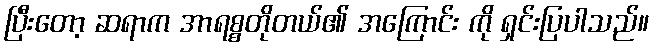
ပြီးတော့ ဆရာက အာရစ္စတိုတယ်၏ အကြောင်း ကို ရှင်းပြပါသည်။